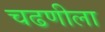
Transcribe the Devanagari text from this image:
चढणीला